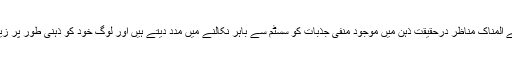
محققین کا کہنا تھا کہ اس طرح کے المناک مناظر درحقیقت ذہن میں موجود منفی جذبات کو سسٹم سے باہر نکالنے میں مدد دیتے ہیں اور لوگ خود کو ذہنی طور پر زیادہ بہتر محسوس کرنے لگتے ہیں۔